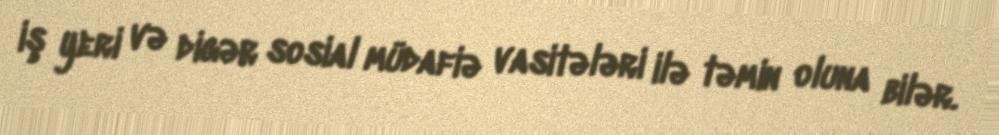
iş yeri və digər sosial müdafiə vasitələri ilə təmin oluna bilər.